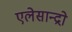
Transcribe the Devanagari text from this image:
एलेसान्द्रो